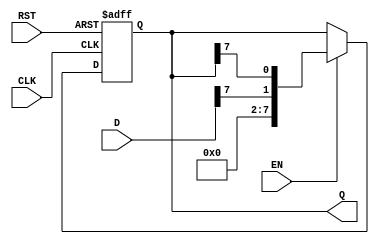
module ShiftRegister #(
    parameter N = 8 // Define the size of the shift register (number of bits)
) (
    input wire [N-1:0] D,     // Input data
    input wire CLK,           // Clock signal
    input wire RST,           // Asynchronous reset signal
    input wire EN,            // Enable signal (optional)
    output reg [N-1:0] Q      // Output data
);

    // Always block triggered on the rising edge of the clock or the reset signal
    always @(posedge CLK or posedge RST) begin
        if (RST) begin
            // Clear the register on reset
            Q <= {N{1'b0}}; // Set all bits to 0
        end else if (EN) begin
            // Shift right operation
            Q <= {D[N-1], Q[N-1:N-1]}; // Shift the data and insert new D at LSB
        end
    end

endmodule